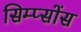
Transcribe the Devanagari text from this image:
सिम्प्सोंस